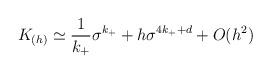
LaTeX: \begin{align*}K_{(h)}\simeq {1\over k_+}\sigma^{k_+}+h\sigma^{4k_++d}+O(h^2)\end{align*}